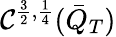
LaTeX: \mathcal{C}^{\frac{{3}}{{2}},\frac{{1}}{{4}}}(\bar{{Q}}_{T})